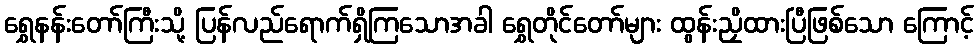
ရွှေနန်းတော်ကြီးသို့ ပြန်လည်ရောက်ရှိကြသောအခါ ရွှေတိုင်တော်များ ထွန်းညှိထားပြီဖြစ်သော ကြောင့်